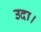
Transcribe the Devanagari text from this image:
उदा।